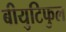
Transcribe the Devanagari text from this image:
बीयुटिफुल